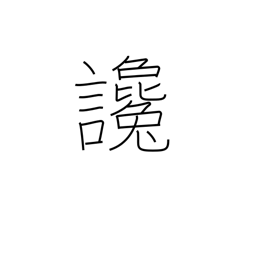
Meaning: defamation